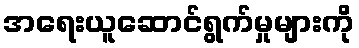
အရေးယူဆောင်ရွက်မှုများကို